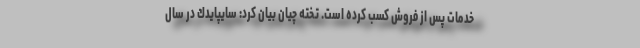
خدمات پس از فروش كسب کرده است. تخته چيان بيان كرد: سايپايدك در سال